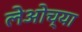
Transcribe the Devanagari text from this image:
लेओच्या